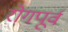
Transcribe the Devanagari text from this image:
रोगपूर्व